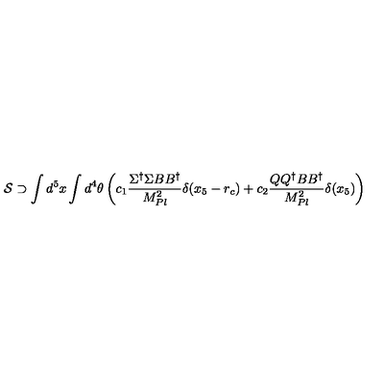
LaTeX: { \cal S } \supset \int d ^ { 5 } x \int d ^ { 4 } \theta \left( c _ { 1 } { \frac { \Sigma ^ { \dagger } \Sigma B B ^ { \dagger } } { M _ { P l } ^ { 2 } } } \delta ( x _ { 5 } - r _ { c } ) + c _ { 2 } { \frac { Q Q ^ { \dagger } B B ^ { \dagger } } { M _ { P l } ^ { 2 } } } \delta ( x _ { 5 } ) \right)